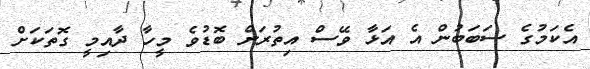
އެކަމުގެ ސަބަބުން އެ އަޅާ ވޭސް އިތުރަށް ބޮޑުވެ މީހާ ދާއިމީ ގޮތަކަށް